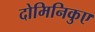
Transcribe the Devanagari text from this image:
दोमिनिकुए